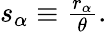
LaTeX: \begin{array}{r}{s_{\alpha}\equiv\frac{r_{\alpha}}{\theta}.}\end{array}